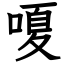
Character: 嗄